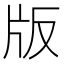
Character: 版